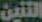
التنين